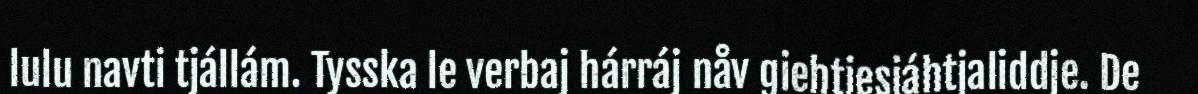
lulu navti tjállám. Tysska le verbaj hárráj nåv giehtjesjáhtjaliddje. De